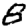
Digit: 8